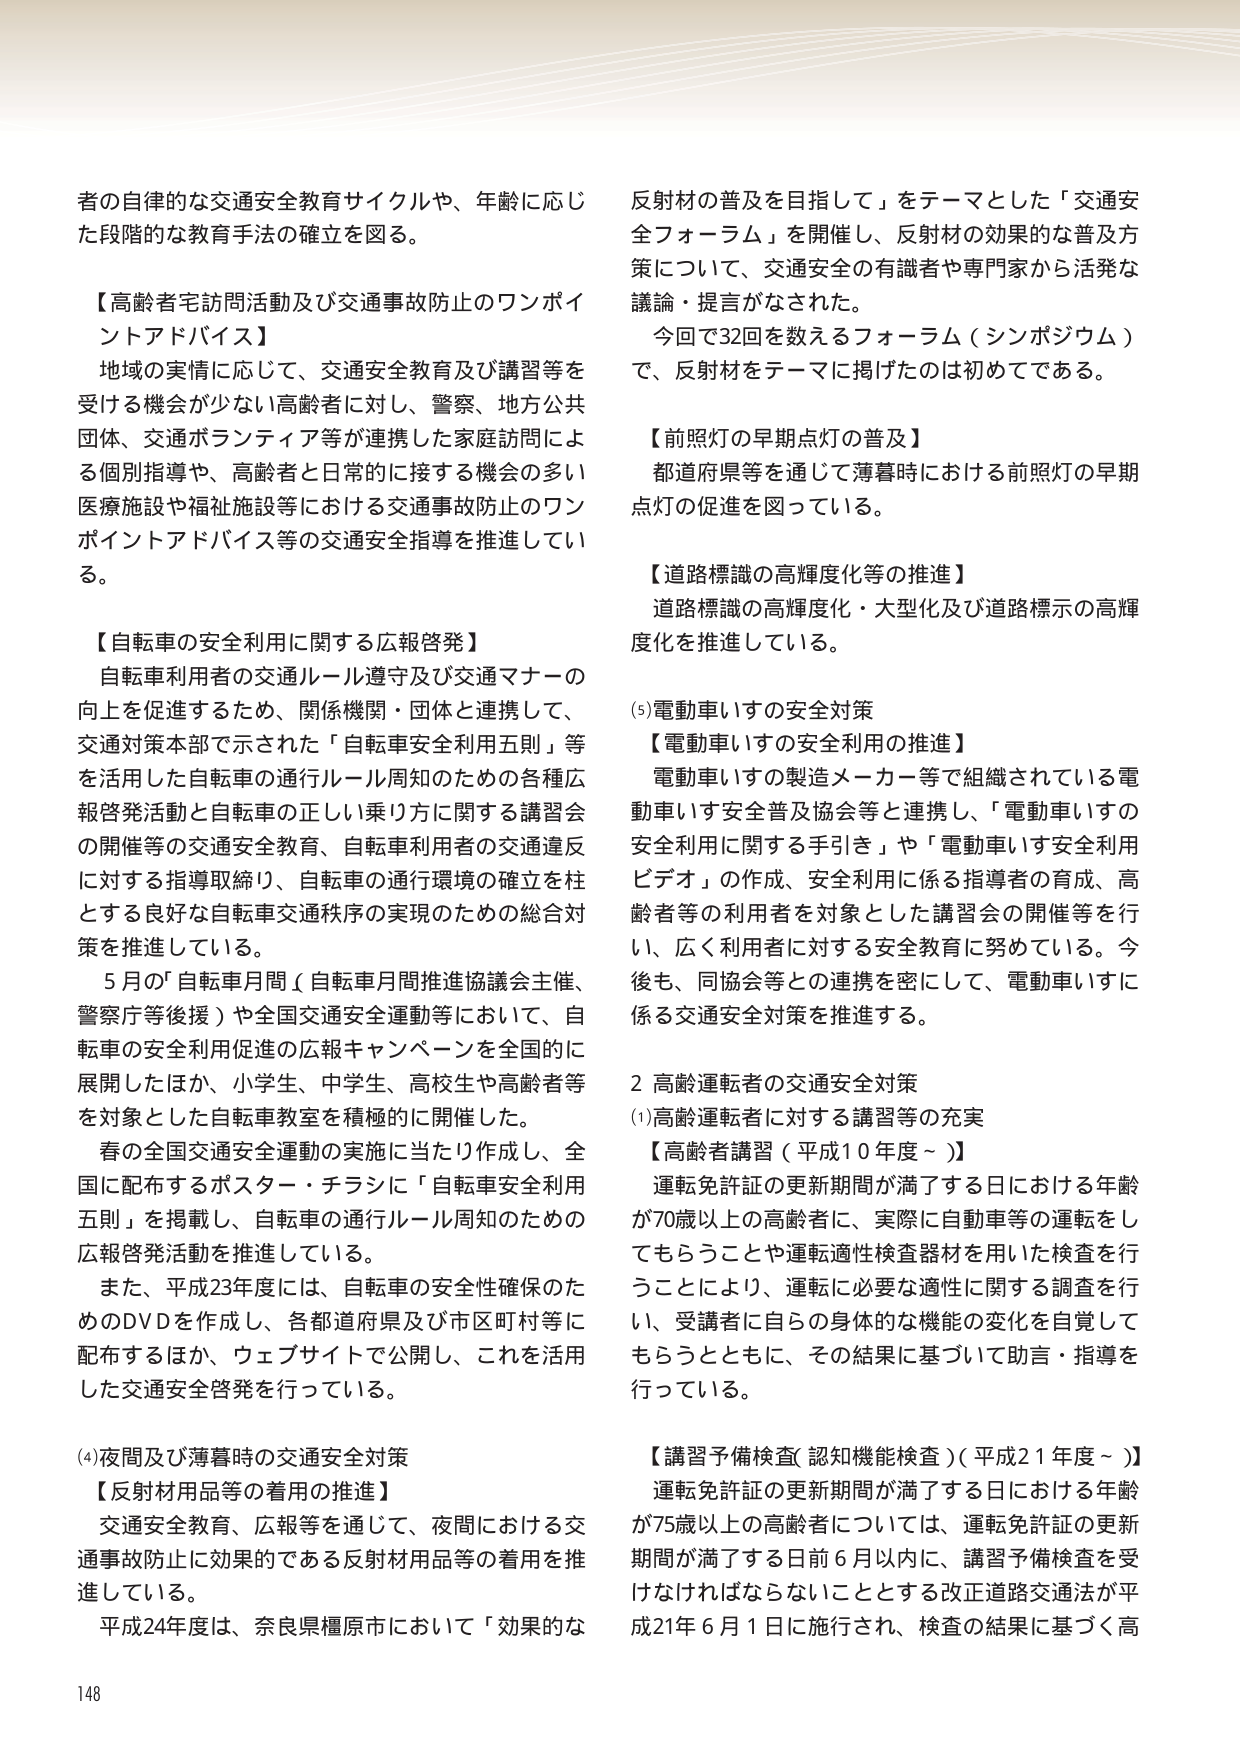
者の自律的な交通安全教育サイクルや、年齢に応じた段階的な教育手法の確立を図る。

【高齢者宅訪問活動及び交通事故防止のワンポイントアドバイス】
地域の実情に応じて、交通安全教育及び講習等を受ける機会が少ない高齢者に対し、警察、地方公共団体、交通ボランティア等が連携した家庭訪問による個別指導や、高齢者と日常的に接する機会の多い医療施設や福祉施設等における交通事故防止のワンポイントアドバイス等の交通安全指導を推進している。

【自転車の安全利用に関する広報啓発】
自転車利用者の交通ルール遵守及び交通マナーの向上を促進するため、関係機関・団体と連携して、交通対策本部で示された「自転車安全利用五則」等を活用した自転車の通行ルール周知のための各種広報啓発活動と自転車の正しい乗り方に関する講習会の開催等の交通安全教育、自転車利用者の交通違反に対する指導取締り、自転車の通行環境の確立を柱とする良好な自転車交通秩序の実現のための総合対策を推進している。

5月の「自転車月間（自転車月間推進協議会主催、警察庁等後援）」や全国交通安全運動等において、自転車の安全利用促進の広報キャンペーンを全国的に展開したほか、小学生、中学生、高校生や高齢者等を対象とした自転車教室を積極的に開催した。

春の全国交通安全運動の実施に当たり作成し、全国に配布するポスター・チラシに「自転車安全利用五則」を掲載し、自転車の通行ルール周知のための広報啓発活動を推進している。

また、平成23年度には、自転車の安全性確保のためのDVDを作成し、各都道府県及び市区町村等に配布するほか、ウェブサイトで公開し、これを活用した交通安全啓発を行っている。

(4)夜間及び薄暮時の交通安全対策
【反射材用品等の着用の推進】
交通安全教育、広報等を通じて、夜間における交通事故防止に効果的である反射材用品等の着用を推進している。

平成24年度は、奈良県橿原市において「効果的な反射材の普及を目指して」をテーマとした「交通安全フォーラム」を開催し、反射材の効果的な普及方策について、交通安全の有識者や専門家から活発な議論・提言がなされた。

今回で32回を数えるフォーラム（シンポジウム）で、反射材をテーマに掲げたのは初めてである。

【前照灯の早期点灯の普及】
都道府県等を通じて薄暮時における前照灯の早期点灯の促進を図っている。

【道路標識の高輝度化等の推進】
道路標識の高輝度化・大型化及び道路標示の高輝度化を推進している。

(5)電動車いすの安全対策
【電動車いすの安全利用の推進】
電動車いすの製造メーカー等で組織されている電動車いす安全普及協会等と連携し、「電動車いすの安全利用に関する手引き」や「電動車いす安全利用ビデオ」の作成、安全利用に係る指導者の育成、高齢者等の利用者を対象とした講習会の開催等を行い、広く利用者に対する安全教育に努めている。今後も、同協会等との連携を密にして、電動車いすに係る交通安全対策を推進する。

2 高齢運転者の交通安全対策
(1)高齢運転者に対する講習等の充実
【高齢者講習（平成10年度～）】
運転免許証の更新期間が満了する日における年齢が70歳以上の高齢者に、実際に自動車等の運転をしてもらうことや運転適性検査器材を用いた検査を行うことにより、運転に必要な適性に関する調査を行い、受講者に自らの身体的な機能の変化を自覚してもらうとともに、その結果に基づいて助言・指導を行っている。

【講習予備検査（認知機能検査）（平成21年度～）】
運転免許証の更新期間が満了する日における年齢が75歳以上の高齢者については、運転免許証の更新期間が満了する日前6月以内に、講習予備検査を受けなければならないこととする改正道路交通法が平成21年6月1日に施行され、検査の結果に基づく高

148